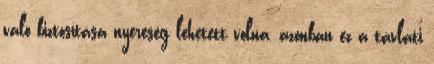
való biztosítása nyereség lehetett volna, azonban ez a távlati